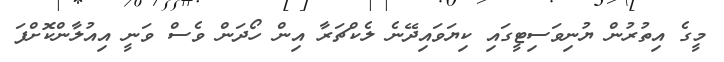
މީގެ އިތުރުން ޔުނިވަސިޓީގައި ކިޔަވައިދޭނެ ލެކްޗަރާ އިން ހޯދަން ވެސް ވަނީ އިއުލާންކޮށްފަ